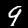
Digit: 9